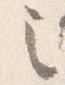
之